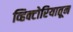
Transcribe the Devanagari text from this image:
व्हिक्टोरियातून